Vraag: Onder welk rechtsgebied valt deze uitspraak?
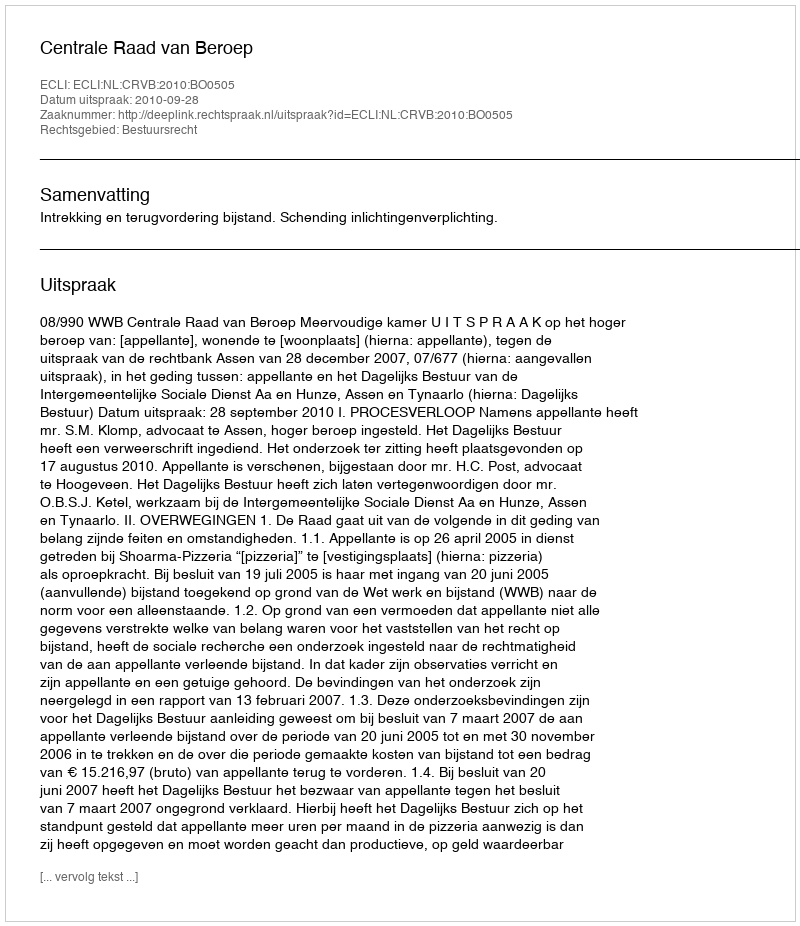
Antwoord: Bestuursrecht